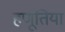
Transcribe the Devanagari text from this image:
हणूतिया